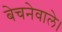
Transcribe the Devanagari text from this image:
बेचनेवाले।